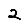
Digit: 2